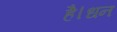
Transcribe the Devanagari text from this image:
है।धन